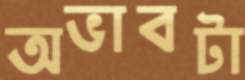
অভাবটা